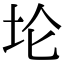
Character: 𫭢